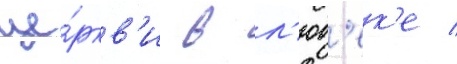
це́ркв'и в л'юб'ек'е /